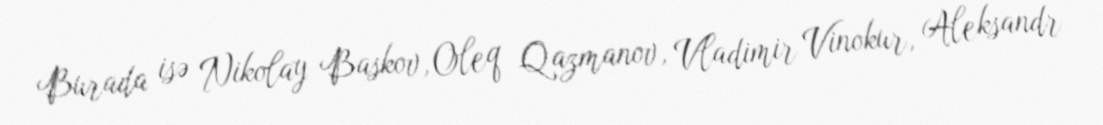
Burada isə Nikolay Baskov, Oleq Qazmanov, Vladimir Vinokur, Aleksandr